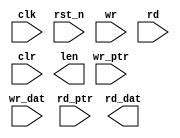
module uv_stack
#(
    parameter DAT_WIDTH         = 32,
    parameter PTR_WIDTH         = 3,
    parameter QUE_DEPTH         = 2**PTR_WIDTH,
    parameter ZERO_RDLY         = 1'b1  // 1'b0: delay 1 cycle after read enabling; 1'b1: no delay.
)
(
    input                       clk,
    input                       rst_n,

    // Write channel.
    input                       wr,
    input  [PTR_WIDTH-1:0]      wr_ptr,
    input  [DAT_WIDTH-1:0]      wr_dat,

    // Read channel.
    input                       rd,
    input  [PTR_WIDTH-1:0]      rd_ptr,
    output [DAT_WIDTH-1:0]      rd_dat,

    // Control & status.
    input                       clr,
    output [PTR_WIDTH:0]        len
);

    localparam UDLY             = 1;
    genvar i;


endmodule